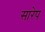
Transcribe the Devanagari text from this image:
सारेप